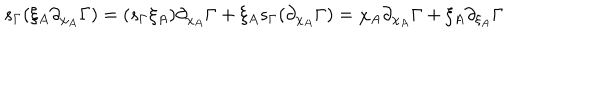
s _ { \Gamma } ( \xi _ { A } \partial _ { \chi _ { A } } \Gamma ) = ( s _ { \Gamma } \xi _ { A } ) \partial _ { \chi _ { A } } \Gamma + \xi _ { A } s _ { \Gamma } ( \partial _ { \chi _ { A } } \Gamma ) = \chi _ { A } \partial _ { \chi _ { A } } \Gamma + \xi _ { A } \partial _ { \xi _ { A } } \Gamma